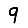
Digit: 9